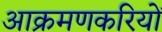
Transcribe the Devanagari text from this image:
आक्रमणकरियों